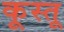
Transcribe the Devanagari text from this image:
कूस्तू